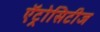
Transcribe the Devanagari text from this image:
ऍट्रोसिटीज